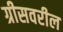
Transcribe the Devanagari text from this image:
ग्रीसवरील